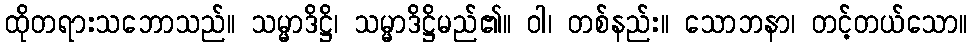
ထိုတရားသဘောသည်။ သမ္မာဒိဋ္ဌိ၊ သမ္မာဒိဋ္ဌိမည်၏။ ဝါ၊ တစ်နည်း။ သောဘနာ၊ တင့်တယ်သော။